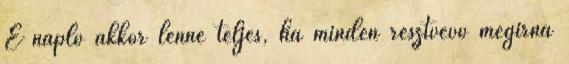
E napló akkor lenne teljes, ha minden résztvevő megírná